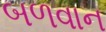
બળવાન